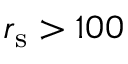
r _ { \mathrm { s } } > 1 0 0